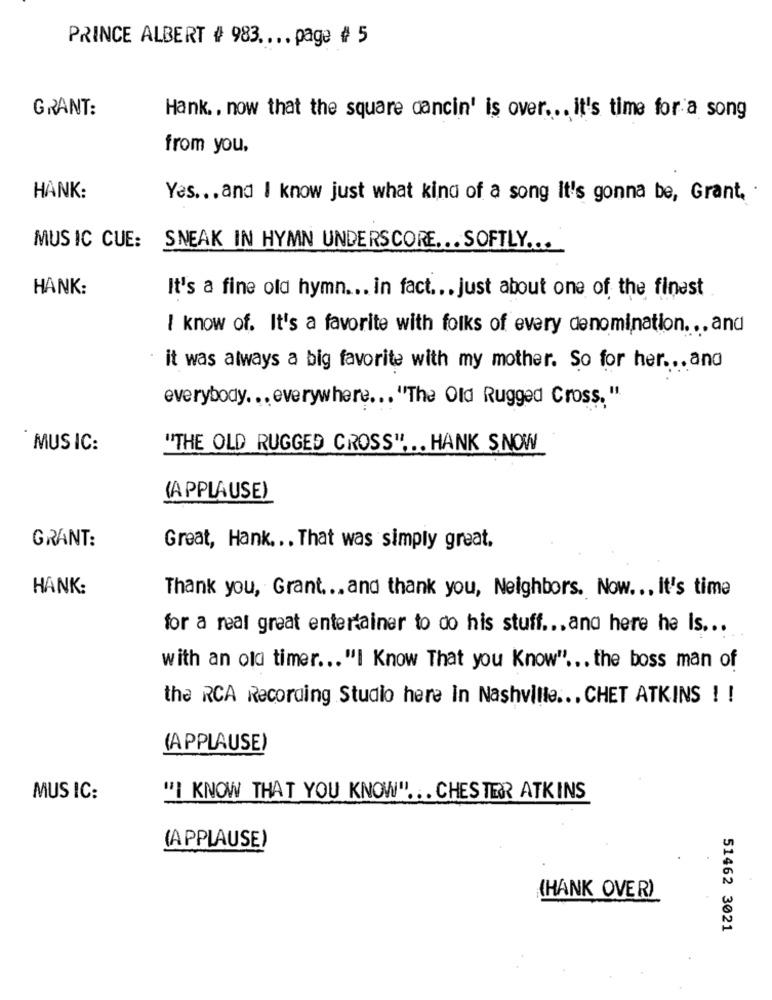
PRINCE ALBERT # 983 .... page # 5
GRANT:
Hank .. now that the square dancin' is over ... it's time for a song
from you.
HANK:
Yes ... and I know just what kind of a song It's gonna be, Grant,
MUSIC CUE: SNEAK IN HYMN UNDERSCORE ... SOFTLY ...
HANK:
It's a fine old hymn ... in fact ... just about one of the finest
I know of. It's a favorite with folks of every denomination ... and
it was always a big favorite with my mother. So for her ... and
everybody. .. everywhere ... "The Old Rugged Cross. "
MUSIC:
"THE OLD RUGGED CROSS" ... HANK SNOW
(APPLAUSE)
GRANT:
Great, Hank ... That was simply great,
HANK:
Thank you, Grant ... and thank you, Neighbors. Now ... it's time
for a real great entertainer to do his stuff ... and here he Is ...
with an old timer ... "I Know That you Know" ... the boss man of
the RCA Recording Studio here In Nashville ... CHET ATKINS ! !
(APPLAUSE)
MUS IC:
"I KNOW THAT YOU KNOW" ... CHESTER ATKINS
(APPLAUSE)
(HANK OVER)
51462 3021